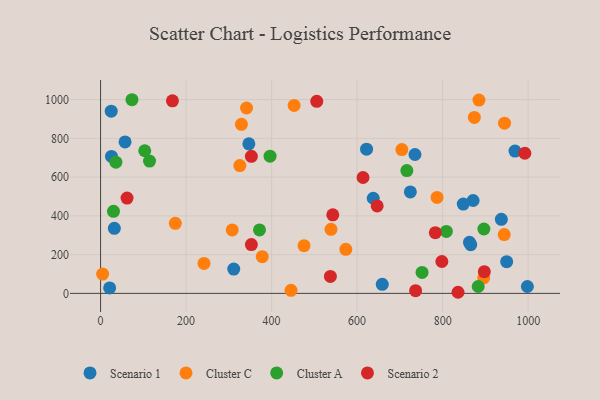
{"axis": {"x": "Study Hours", "y": "Yield"}, "legend": ["Cluster A", "Cluster C", "Scenario 1", "Scenario 2"], "data": [{"x": "311.5", "y": 125.2, "type": "Scenario 1"}, {"x": "735.3", "y": 716.7, "type": "Scenario 1"}, {"x": "724.5", "y": 523.6, "type": "Scenario 1"}, {"x": "637.7", "y": 490.9, "type": "Scenario 1"}, {"x": "32.2", "y": 335.9, "type": "Scenario 1"}, {"x": "57.3", "y": 781.4, "type": "Scenario 1"}, {"x": "25.5", "y": 706.7, "type": "Scenario 1"}, {"x": "949.8", "y": 163.7, "type": "Scenario 1"}, {"x": "937.3", "y": 382.1, "type": "Scenario 1"}, {"x": "346.8", "y": 771.4, "type": "Scenario 1"}, {"x": "21.2", "y": 28.2, "type": "Scenario 1"}, {"x": "862.8", "y": 263.2, "type": "Scenario 1"}, {"x": "969.2", "y": 734.3, "type": "Scenario 1"}, {"x": "622.1", "y": 743.9, "type": "Scenario 1"}, {"x": "24.9", "y": 940.2, "type": "Scenario 1"}, {"x": "865.7", "y": 251.5, "type": "Scenario 1"}, {"x": "871.3", "y": 479.3, "type": "Scenario 1"}, {"x": "658.8", "y": 46.6, "type": "Scenario 1"}, {"x": "998.2", "y": 35.4, "type": "Scenario 1"}, {"x": "848.3", "y": 460.7, "type": "Scenario 1"}, {"x": "874.2", "y": 907.7, "type": "Cluster C"}, {"x": "307.9", "y": 327.5, "type": "Cluster C"}, {"x": "174.8", "y": 361.3, "type": "Cluster C"}, {"x": "325.7", "y": 659.2, "type": "Cluster C"}, {"x": "896.1", "y": 80.0, "type": "Cluster C"}, {"x": "341.4", "y": 956.5, "type": "Cluster C"}, {"x": "4.8", "y": 99.5, "type": "Cluster C"}, {"x": "944.7", "y": 878.1, "type": "Cluster C"}, {"x": "475.8", "y": 246.2, "type": "Cluster C"}, {"x": "538.9", "y": 330.5, "type": "Cluster C"}, {"x": "787.0", "y": 495.1, "type": "Cluster C"}, {"x": "329.4", "y": 872.4, "type": "Cluster C"}, {"x": "944.0", "y": 303.6, "type": "Cluster C"}, {"x": "885.0", "y": 997.4, "type": "Cluster C"}, {"x": "452.7", "y": 969.9, "type": "Cluster C"}, {"x": "573.6", "y": 227.1, "type": "Cluster C"}, {"x": "378.1", "y": 189.4, "type": "Cluster C"}, {"x": "704.6", "y": 742.2, "type": "Cluster C"}, {"x": "241.9", "y": 154.4, "type": "Cluster C"}, {"x": "445.4", "y": 15.9, "type": "Cluster C"}, {"x": "808.7", "y": 319.5, "type": "Cluster A"}, {"x": "35.8", "y": 677.2, "type": "Cluster A"}, {"x": "114.5", "y": 682.7, "type": "Cluster A"}, {"x": "371.7", "y": 327.6, "type": "Cluster A"}, {"x": "751.9", "y": 108.2, "type": "Cluster A"}, {"x": "103.3", "y": 735.8, "type": "Cluster A"}, {"x": "396.4", "y": 707.7, "type": "Cluster A"}, {"x": "716.3", "y": 633.6, "type": "Cluster A"}, {"x": "73.4", "y": 999.2, "type": "Cluster A"}, {"x": "883.2", "y": 35.6, "type": "Cluster A"}, {"x": "30.2", "y": 423.2, "type": "Cluster A"}, {"x": "896.5", "y": 332.1, "type": "Cluster A"}, {"x": "505.6", "y": 991.0, "type": "Scenario 2"}, {"x": "352.7", "y": 251.8, "type": "Scenario 2"}, {"x": "352.7", "y": 707.3, "type": "Scenario 2"}, {"x": "798.2", "y": 164.4, "type": "Scenario 2"}, {"x": "537.5", "y": 87.7, "type": "Scenario 2"}, {"x": "646.9", "y": 451.0, "type": "Scenario 2"}, {"x": "836.0", "y": 5.7, "type": "Scenario 2"}, {"x": "61.9", "y": 492.0, "type": "Scenario 2"}, {"x": "168.1", "y": 993.7, "type": "Scenario 2"}, {"x": "992.3", "y": 723.0, "type": "Scenario 2"}, {"x": "736.8", "y": 14.0, "type": "Scenario 2"}, {"x": "782.9", "y": 313.0, "type": "Scenario 2"}, {"x": "543.1", "y": 405.4, "type": "Scenario 2"}, {"x": "613.8", "y": 597.9, "type": "Scenario 2"}, {"x": "897.5", "y": 112.2, "type": "Scenario 2"}]}